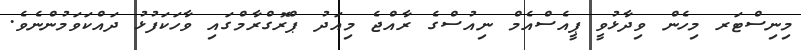
މިނިސްޓަރ މިހެން ވިދާޅުވީ ޕީއެސްއެމް ނިއުސްގެ ރާއްޖެ މިއަދު ޕްރޮގްރާމްގައި ވާހަކަފުޅު ދައްކަވަމުންނެވެ.